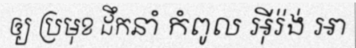
ឲ្យ ប្រមុខ ដឹកនាំ កំពូល អ៊ីរ៉ង់ អា